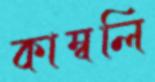
কাম্বলি